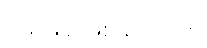
မေးမြန်းဖြစ်ခဲ့ပါသည်